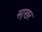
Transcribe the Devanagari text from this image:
सा़खर